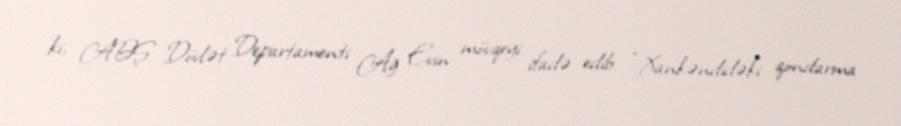
ki, ABŞ Dövlət Departamenti Ağ Evin mövqeyi ifadə edib: “Xankəndidəki qondarma